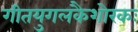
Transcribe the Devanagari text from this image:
गीतयुगलकैशोरकः